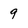
Character: 9